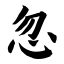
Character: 忽